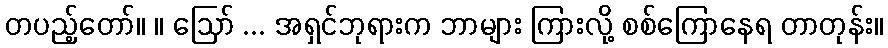
တပည့်တော်။ ။ ဩော် ... အရှင်ဘုရားက ဘာများ ကြားလို့ စစ်ကြောနေရ တာတုန်း။